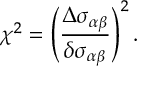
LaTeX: \chi ^ { 2 } = \left( \frac { \Delta \sigma _ { \alpha \beta } } { \delta \sigma _ { \alpha \beta } } \right) ^ { 2 } .